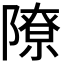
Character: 𫕔